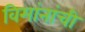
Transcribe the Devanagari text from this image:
विमांनांची